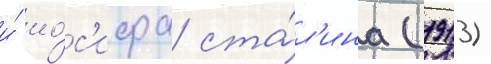
и́ ио́с'ифа ста́л'ина (1913)